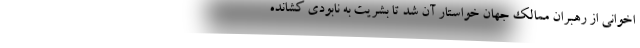
اخوانی از رهبران ممالک جهان خواستار آن شد تا بشریت به نابودی کشانده